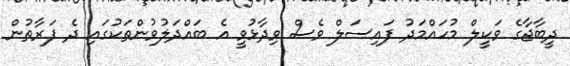
ދީބާޖާގެ ވަކީލް މުހައްމަދު ފައިސަލް ވެސް ވިދާޅުވީ އެ ބައްދަލުވުންތަކުގައި ދެ ފަރާތުން